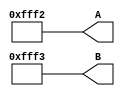
module test_bench(A, B);
  output [15:0] A;
  output [15:0] B;
  reg [15:0] A;
  reg [15:0] B;
  
  initial begin
    A = -16'sd31;
    B = -16'sd17;
    #1000;
    A = 16'sd31;
    B = 16'sd31;
    #1000;
    A = -16'sd17;
    B = 16'sd3;
    #1000;
    A = 16'sd17;
    B = -16'sd17;
    #1000;
    A = -16'sd14;
    B = -16'sd13;
  end
endmodule